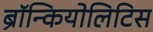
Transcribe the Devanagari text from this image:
ब्रॉन्कियोलिटिस